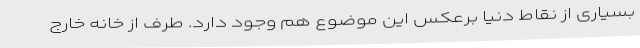
بسیاری از نقاط دنیا برعکس این موضوع هم وجود دارد. طرف از خانه خارج